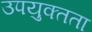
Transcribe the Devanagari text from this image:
उपयुक्‍तता